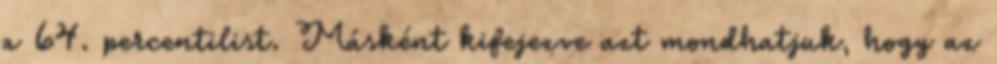
a 64. percentilist. Másként kifejezve azt mondhatjuk, hogy az